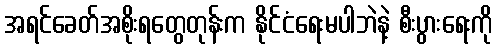
အရင်ခေတ်အစိုးရတွေတုန်းက နိုင်ငံရေးမပါဘဲနဲ့ စီးပွားရေးကို